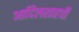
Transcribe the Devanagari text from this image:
आदिलशाहची